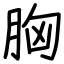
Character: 胸